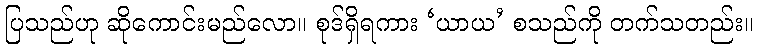
ပြသည်ဟု ဆိုကောင်းမည်လော။ စုဒ်ရှိရကား ‘ယာယ’ စသည်ကို တက်သတည်း။